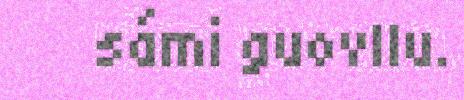
sámi guovllu.